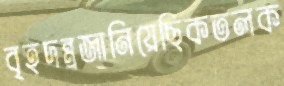
বৃহদন্ত্রজানিয়েছিকতলক